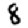
Digit: 8